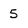
Character: 5